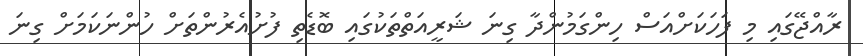
ރާއްޖޭގައި މި ފަހަކަށްއަސް ހިންގަމުންދާ ގިނަ ޝަރީއަތްތަކުގައި ބޮޑެތި ފުށުއެރުންތަށް ހުންނަކަމަށް ގިނަ